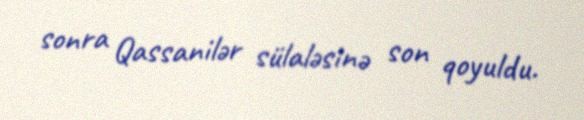
sonra Qassanilər sülaləsinə son qoyuldu.